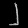
Digit: ၂